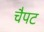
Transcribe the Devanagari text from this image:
चैपट